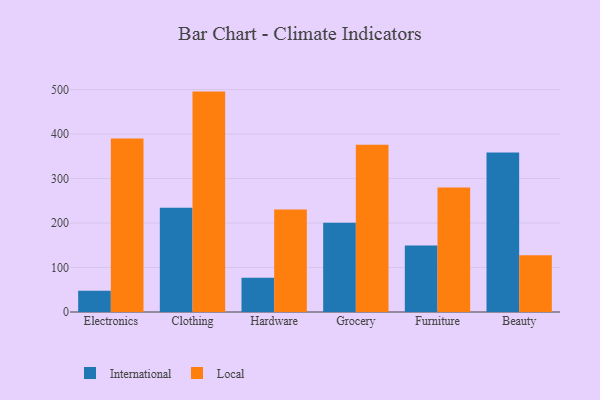
{"axis": {"x": "Category", "y": "Demand Index"}, "legend": ["International", "Local"], "data": [{"x": "Electronics", "y": 47.6, "type": "International"}, {"x": "Electronics", "y": 390.0, "type": "Local"}, {"x": "Clothing", "y": 234.3, "type": "International"}, {"x": "Clothing", "y": 495.4, "type": "Local"}, {"x": "Hardware", "y": 77.1, "type": "International"}, {"x": "Hardware", "y": 230.3, "type": "Local"}, {"x": "Grocery", "y": 200.6, "type": "International"}, {"x": "Grocery", "y": 376.2, "type": "Local"}, {"x": "Furniture", "y": 149.6, "type": "International"}, {"x": "Furniture", "y": 280.0, "type": "Local"}, {"x": "Beauty", "y": 358.4, "type": "International"}, {"x": "Beauty", "y": 127.6, "type": "Local"}]}